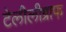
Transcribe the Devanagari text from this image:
टेलीलीग्राफ